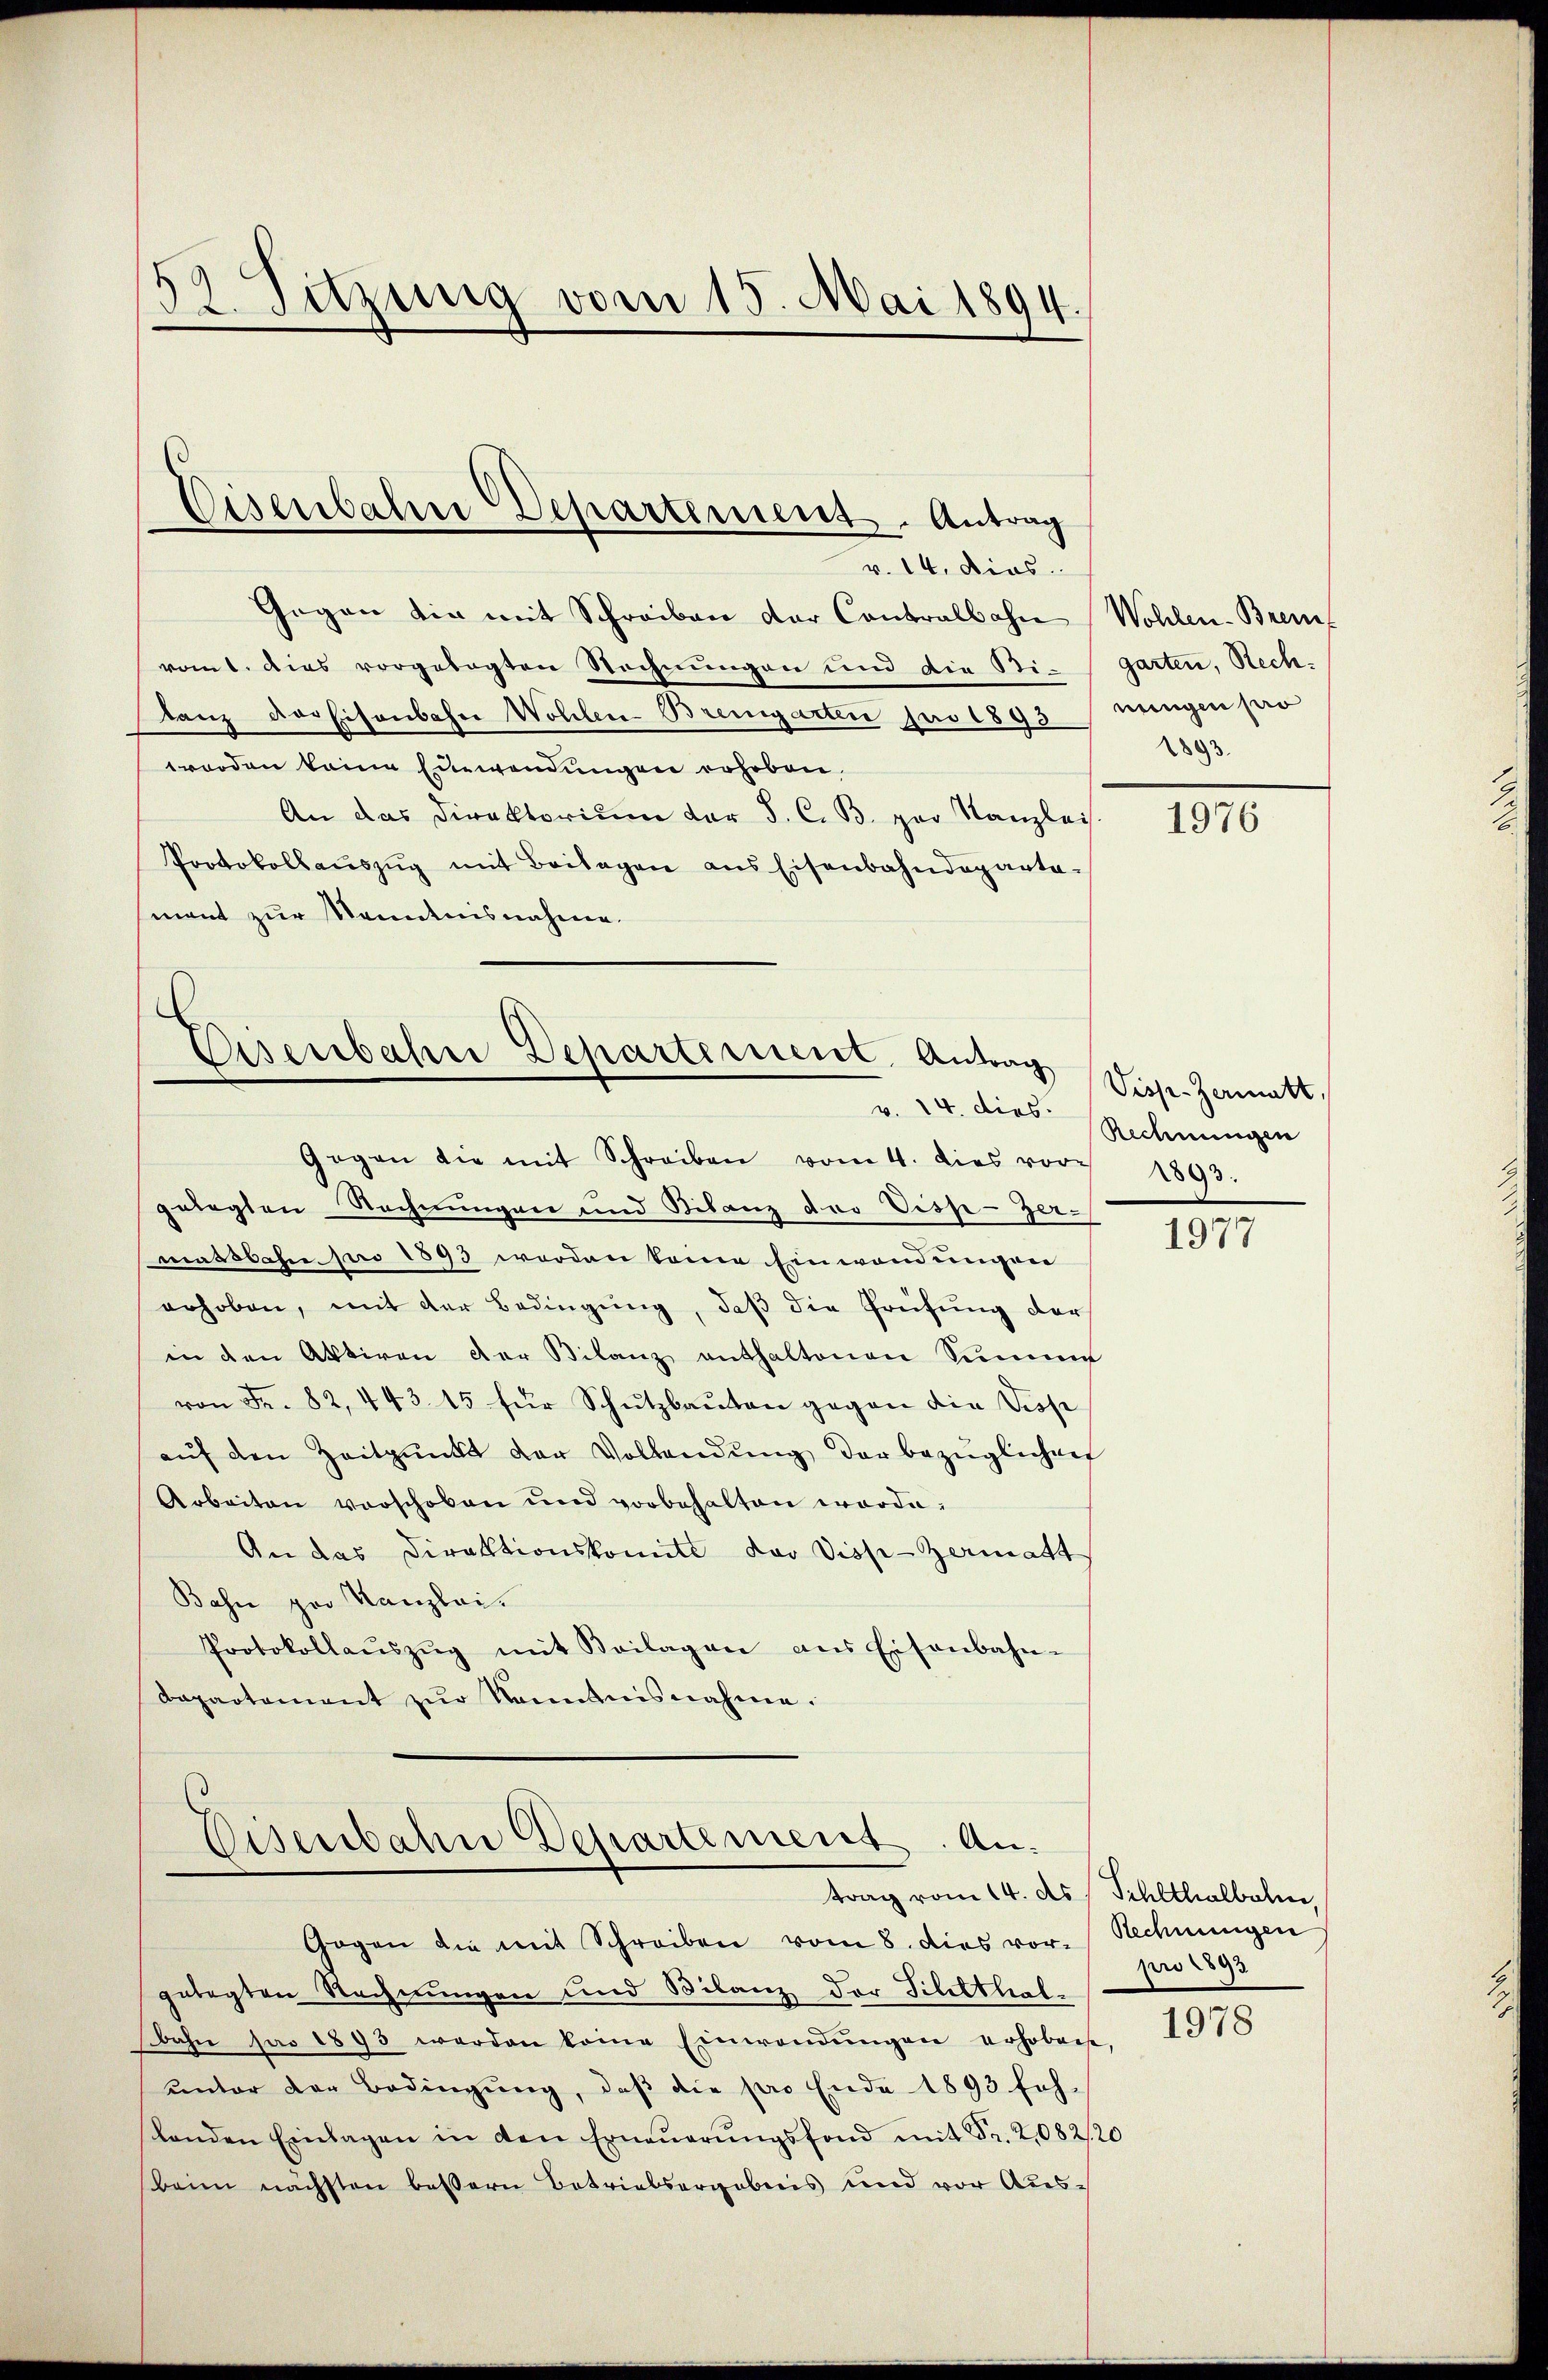
52. Sitzung vom 15. Mai 1894.

Gegen die mit Schreiben der Contralbahn Wohlen-Brem
romt. Dies vorgelegten Rechnungen und die Sti-Garten, Rechtanz der Eisenbahn Wohlen Bremgarten pro 1893 / eingen pro
worden keine Einwendungen erhoben.
An das Direktorium der J. C. B. par Kanzlei
Protokollaŭszŭg mit Beilagen aus Eisenbahndeparta-
mant zur Kenntnisnahme.

Eisenbahn Departement. Antrag
v. 14. dies

Eisenbahne Departement Antrag

Gegen die mit Schreiben vom 4. dies vor-
gelegten Rechnungen und Bilanz der Disp-Zermassbahn pro 1893 werden keine Einwendungen
erhoben, mit der Bedingung, daß die Prüfung derin den Aktiven der Bilanz enthaltenen Sinn
von Fr. 82, 443. 15 für Schutzbauten gegen die Disse
aŭf den Zeitpunkt der Vollendŭng der bezüglichen
Arbeiten verschoben und vorbehalten worde
An das Direktionskomite der Viss-Zermatt
Bahn par Kanzlei.
Protokollaŭszŭg mit Beilagen ans Eisenbahn-
Dapartement zŭr Nominisnahme.
Disenbahn Departement. Antrag vom 14. ds. Schlthalbeln,
Gogen die mit Schreiben vom 8. dies vor. Rechnungen
gelegten Rechnungen und Bilanz der Tiltthal-
ahn pro 1893 werden keine Einwendŭngen erhobene,
unter der Bedingung, daß die pro Ende 1893 feh-
standen Einlagen in den Erneuerungsfond mit Fr. 2,082/20
Beim nächsten bessern Betriebsergebnis und vor Aus-

1893.

1976

Visp. Hermatt,
v. 14. dies Rechnungen
1893.

1977

pro 1893

1978